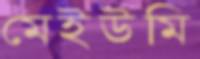
মেইউমি